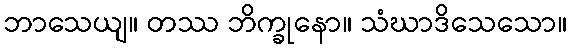
ဘာသေယျ။ တဿ ဘိက္ခုနော။ သံဃာဒိသေသော။